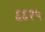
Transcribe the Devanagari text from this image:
६६२५